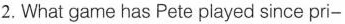
2. What game has Pete played since pri-